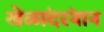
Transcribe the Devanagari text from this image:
खेळांदरंयान